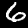
Label: 6